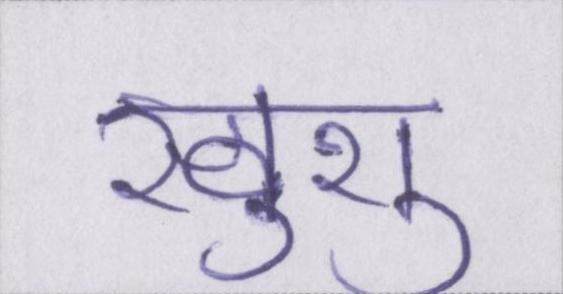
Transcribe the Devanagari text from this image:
खुशु